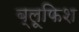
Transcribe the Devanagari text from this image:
ब्लूफिश